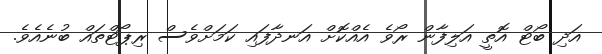
އަދި ބޯޓް އޮތީ އަލިފާން ރޯވެ އެއްކޮށް އަނދާފައި ކަމަށްވެސް ރިޕޯޓްތައް ބުނެއެވެ.